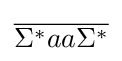
{\overline {\Sigma ^{*}aa\Sigma ^{*}}}